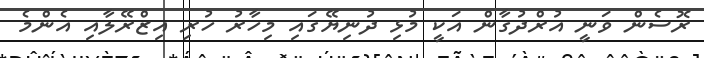
ރޮސެން ވަނީ އުރްދުގާން އަކީ މުޅި ދުނިޔޭގައި މިހާރު ހުރި އިޒްރޭލާއި އެންމެ